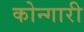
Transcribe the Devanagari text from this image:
कोन्गारी